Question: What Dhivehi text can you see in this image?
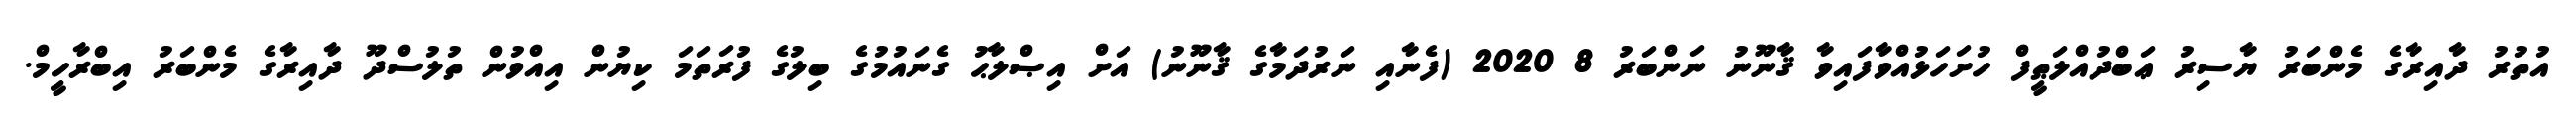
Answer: އުތުރު ދާއިރާގެ މެންބަރު ޔާސިރު ޢަބްދުއްލަޠީފް ހުށަހަޅުއްވާފައިވާ ޤާނޫނު ނަންބަރު 8 2020 (ފެނާއި ނަރުދަމާގެ ޤާނޫނު) އަށް އިޞްލާޙު ގެނައުމުގެ ބިލުގެ ފުރަތަމަ ކިޔުން އިއްވުން ތުލުސްދޫ ދާއިރާގެ މެންބަރު އިބްރާހީމް.